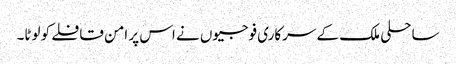
ساحلی ملک کے سرکاری فوجیوں نے اس پر امن قافلے کو لوٹا۔